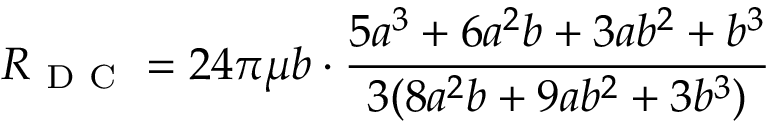
R _ { \mathrm { ~ D ~ C ~ } } = 2 4 \pi \mu b \cdot \frac { 5 a ^ { 3 } + 6 a ^ { 2 } b + 3 a b ^ { 2 } + b ^ { 3 } } { 3 ( 8 a ^ { 2 } b + 9 a b ^ { 2 } + 3 b ^ { 3 } ) }